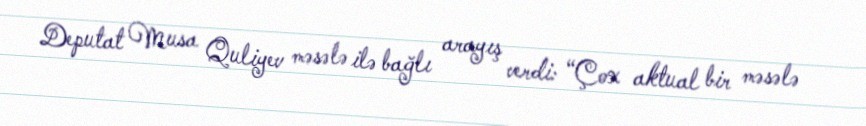
Deputat Musa Quliyev məsələ ilə bağlı arayış verdi: “Çox aktual bir məsələ